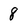
Character: 8